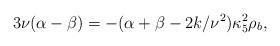
LaTeX: \begin{align*}3\nu(\alpha-\beta)=-(\alpha+\beta-2k/\nu^2)\kappa^2_5\rho_b,\end{align*}